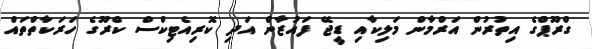
ގްރޫޕްގެ އިތުރުން އަރްމާން މަލިކާއިި ޑީޖޭ ފައުޒާން އަދި ކޮރިއެޓިކްސް ކްރޫގެ ހަރަކާތްތައް